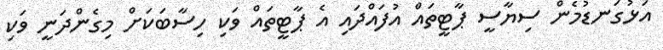
އަޅުގަނޑުމެން ސިޔާސީ ޕާޓީތައް އުފައްދައި އެ ޕާޓީތައް ވަކި ހިސާބަކަށް މިގެންދަނީ ވަކި